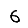
Digit: 6